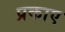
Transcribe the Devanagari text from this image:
प्रकाए